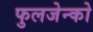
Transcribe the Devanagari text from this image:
फुलजेन्को